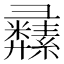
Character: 𦇚